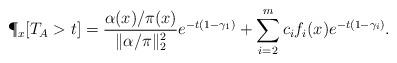
LaTeX: \begin{align*}\P_x[T_{A}>t]=\frac{\alpha(x)/\pi(x)}{\|\alpha/\pi \|_{2}^2}e^{-t(1-\gamma_1)}+\sum_{i=2}^m c_{i}f_i(x)e^{-t(1-\gamma_i)}.\end{align*}